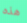
هذه